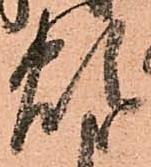
煩